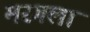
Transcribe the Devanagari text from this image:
मरगला